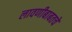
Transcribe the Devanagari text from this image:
लावणीबाबतचे